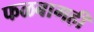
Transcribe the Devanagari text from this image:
फळबागही